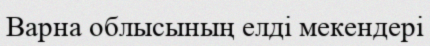
Варна облысының елді мекендері